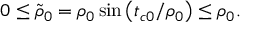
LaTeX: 0 \leq \tilde { \rho } _ { 0 } = \rho _ { 0 } \sin \left( t _ { c 0 } / \rho _ { 0 } \right) \leq \rho _ { 0 } .